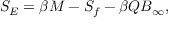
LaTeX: S _ { E } = \beta M - S _ { f } - \beta Q B _ { \infty } ,